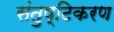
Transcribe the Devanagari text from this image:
संतुष्टिकरण